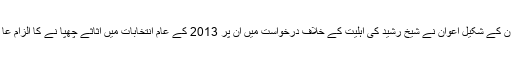
مسلم لیگ ن کے شکیل اعوان نے شیخ رشید کی اہلیت کے خلاف درخواست میں ان پر 2013 کے عام انتخابات میں اثاثے چھپا نے کا الزام عا ئد کیا تھا۔